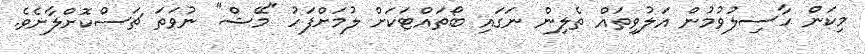
މިކަން ހާސިލުވުމުން އަލުވިތައް ތެލިން ނަގައި ބޯތައްޓަކަށް ލުމަށްފަހު "މޭޝް" ނުވަތަ ޗަސްކޮށްލާށެވެ.